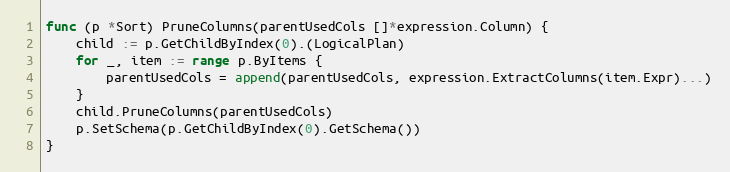
Language: Go
func (p *Sort) PruneColumns(parentUsedCols []*expression.Column) {
	child := p.GetChildByIndex(0).(LogicalPlan)
	for _, item := range p.ByItems {
		parentUsedCols = append(parentUsedCols, expression.ExtractColumns(item.Expr)...)
	}
	child.PruneColumns(parentUsedCols)
	p.SetSchema(p.GetChildByIndex(0).GetSchema())
}